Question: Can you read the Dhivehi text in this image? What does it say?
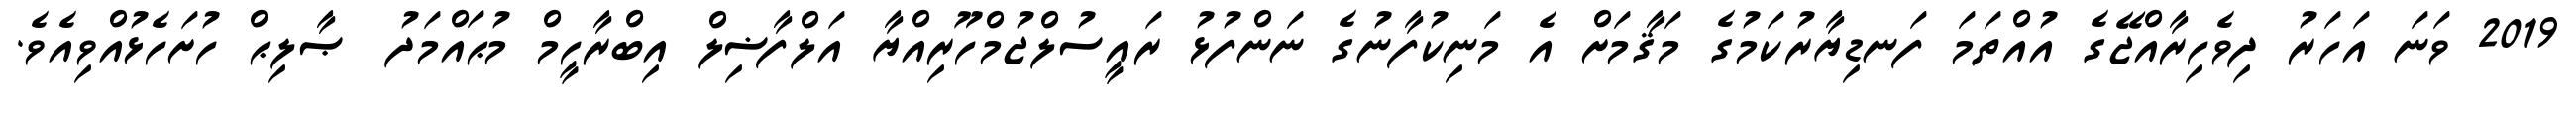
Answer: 2019 ވަނަ އަހަރު ދިވެހިރާއްޖޭގެ އުއްތަމަ ފަނޑިޔާރުކަމުގެ މަޤާމަށް އެ މަނިކުފާނުގެ ނަންފުޅު ރައީސުލްޖުމްހޫރިއްޔާ އަލްފާޟިލް އިބްރާހީމް މުޙައްމަދު ޞާލިޙް ހުށަހެޅުއްވިއެވެ.